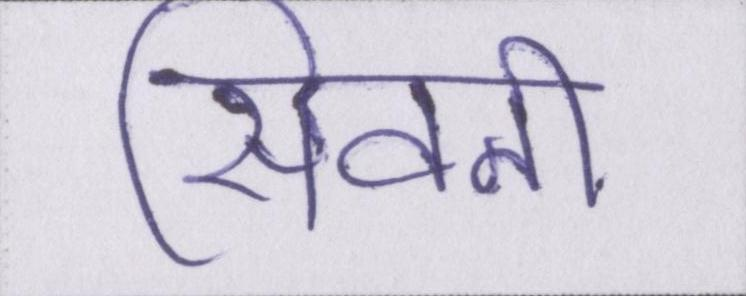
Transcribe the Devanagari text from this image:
सिवनी